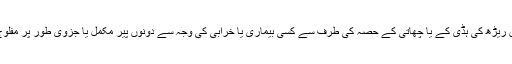
اس مرض میں ریڑھ کی ہڈی کے یا چھاتی کے حصہ کی طرف سے کسی بیماری یا خرابی کی وجہ سے دونوں پیر مکمل یا جزوی طور پر مفلوج ہوجاتے ہیں۔